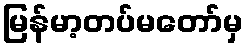
မြန်မာ့တပ်မတော်မှ